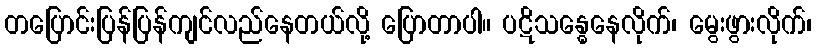
တပြောင်းပြန်ပြန်ကျင်လည်နေတယ်လို့ ပြောတာပါ။ ပဋိသန္ဓေနေလိုက်၊ မွေးဖွားလိုက်၊